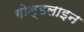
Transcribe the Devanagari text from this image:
गोल्डलाइन